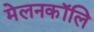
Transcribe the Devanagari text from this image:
मेलनकॉलि